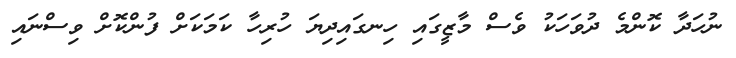
ނުހަދާ ކޮންމެ ދުވަހަކު ވެސް މާޒީގައި ހިނގައިދިޔަ ހުރިހާ ކަމަކަށް ފުންކޮށް ވިސްނައި